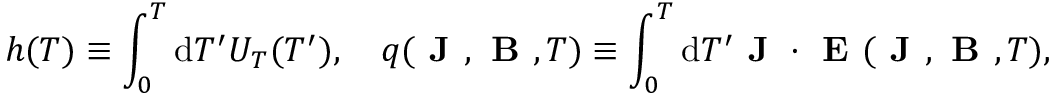
h ( T ) \equiv \int _ { 0 } ^ { T } \mathrm { d } T ^ { \prime } U _ { T } ( T ^ { \prime } ) , \quad q ( \textbf { J } , \textbf { B } , T ) \equiv \int _ { 0 } ^ { T } \mathrm { d } T ^ { \prime } \textbf { J } \cdot \textbf { E } ( \textbf { J } , \textbf { B } , T ) ,